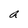
Character: a